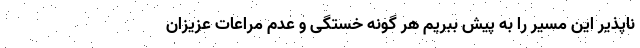
ناپذیر این مسیر را به پیش ببریم هر گونه خستگی و عدم مراعات عزیزان